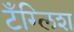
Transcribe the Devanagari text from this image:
टँग्लिश